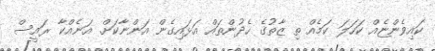
ކައިވެންޏެއް ކަހަލަ ކަމެއް ތި ޒާތުގެ ހެދުންތައް އަޅައިގެން އަންނާކަށް. އަނެއްކާ ރައީސް